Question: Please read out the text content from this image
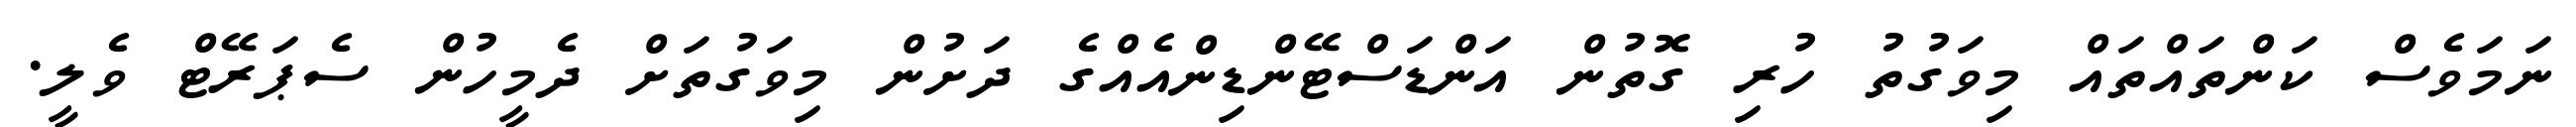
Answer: ނަމަވެސް ކަންތައްތައް މިވަގުތު ހުރި ގޮތުން އަންޑަސްޓޭންޑިންއެއްގެ ދަށުން މިވަގުތަށް ދެމީހުން ސެޕަރޭޓް ވެލީ.